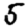
Digit: 5